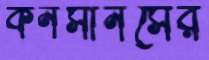
কনসার্নসের